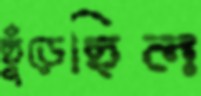
ছুঁড়েছিল